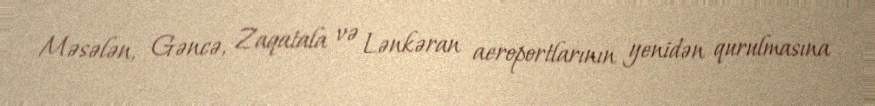
Məsələn, Gəncə, Zaqatala və Lənkəran aeroportlarının yenidən qurulmasına